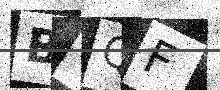
Text: BGQF